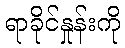
ရာခိုင်နှုန်းကို